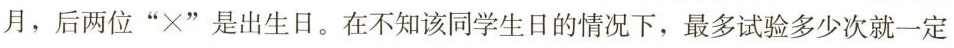
”是出生月，后两位”×”是出生日。在不知该同学生日的情况下，最多试验多少次就一定